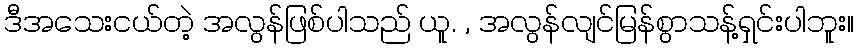
ဒီအသေးငယ်တဲ့ အလွန်ဖြစ်ပါသည် ယူ. , အလွန်လျင်မြန်စွာသန့်ရှင်းပါဘူး။